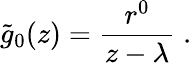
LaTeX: \tilde{g}_{0}(z)={\frac{r^{0}}{z-\lambda}}\; .